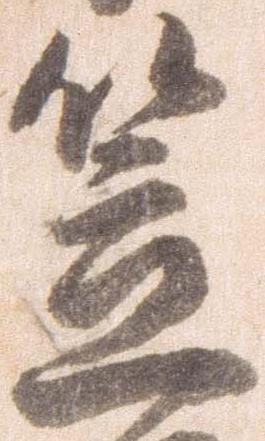
笠